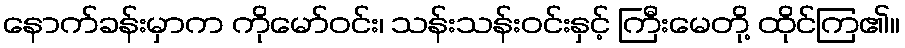
နောက်ခန်းမှာက ကိုမော်ဝင်း၊ သန်းသန်းဝင်းနှင့် ကြီးမေတို့ ထိုင်ကြ၏။